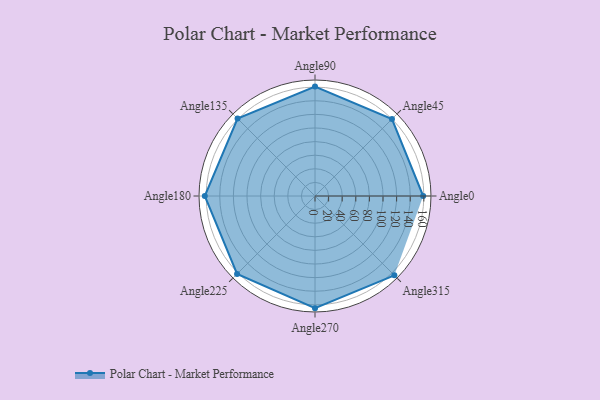
{"axis": {"x": "Angle", "y": "Radius"}, "legend": [""], "data": [{"x": "Angle0", "y": 159.0, "type": ""}, {"x": "Angle45", "y": 160.0, "type": ""}, {"x": "Angle90", "y": 161.0, "type": ""}, {"x": "Angle135", "y": 161.0, "type": ""}, {"x": "Angle180", "y": 162.0, "type": ""}, {"x": "Angle225", "y": 162.0, "type": ""}, {"x": "Angle270", "y": 165.0, "type": ""}, {"x": "Angle315", "y": 165.0, "type": ""}]}